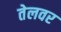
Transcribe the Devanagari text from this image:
तेलवर